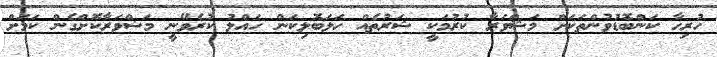
ހުރިހާ ކަންބޮޑުވުންތަކަށް މަޝްވަރާ ކުރުމަކީ ޝަރުތެއް ހަލަބޮލިކަން ހައްލު ކުރެވޭނީ މަޝްވަރާކޮށްގެން ކަމަށް